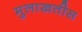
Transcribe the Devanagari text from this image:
मुलाखतीस